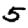
Digit: 5